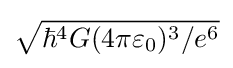
{\sqrt {{\hbar ^{4}G(4\pi \varepsilon _{0})^{3}}/{e^{6}}}}